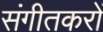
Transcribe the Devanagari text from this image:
संगीतकरों